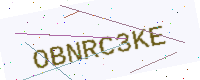
Text: OBNRC3KE